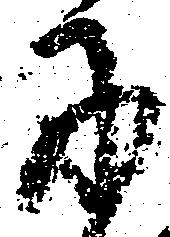
に